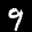
Label: 9